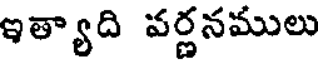
ఇత్యాది వర్ణనములు